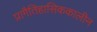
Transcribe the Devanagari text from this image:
प्रागैतिहासिककालीन